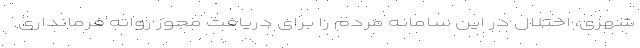
شهری، اختلال در این سامانه مردم را برای دریافت مجوز روانه فرمانداری